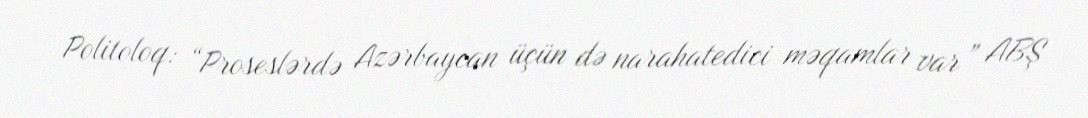
Politoloq: “Proseslərdə Azərbaycan üçün də narahatedici məqamlar var” ABŞ